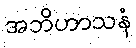
အဘိဟာသနံ